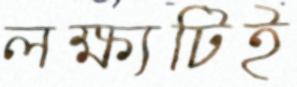
লক্ষ্যটিই